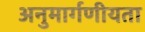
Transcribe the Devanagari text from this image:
अनुमार्गणीयता